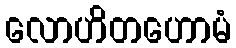
လောဟိတဟောမံ